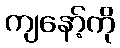
ကျနော့်ကို